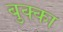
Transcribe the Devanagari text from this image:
बुक्‍का